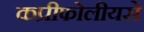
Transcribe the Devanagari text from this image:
कप्रीफोलीयसे